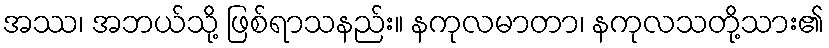
အဿ၊ အဘယ်သို့ ဖြစ်ရာသနည်း။ နကုလမာတာ၊ နကုလသတို့သား၏